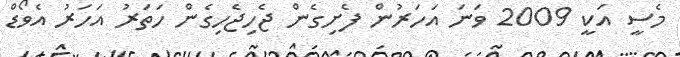
މެސީ އަކީ 2009 ވަނަ އަހަރުން ފެށިގެން ޖެހިޖެހިގެން ހަތަރު އަހަރު އެވޯޑް